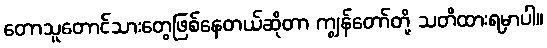
တောသူတောင်သားတွေဖြစ်နေတယ်ဆိုတာ ကျွန်တော်တို့ သတိထားရမှာပါ။